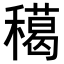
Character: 𥢸